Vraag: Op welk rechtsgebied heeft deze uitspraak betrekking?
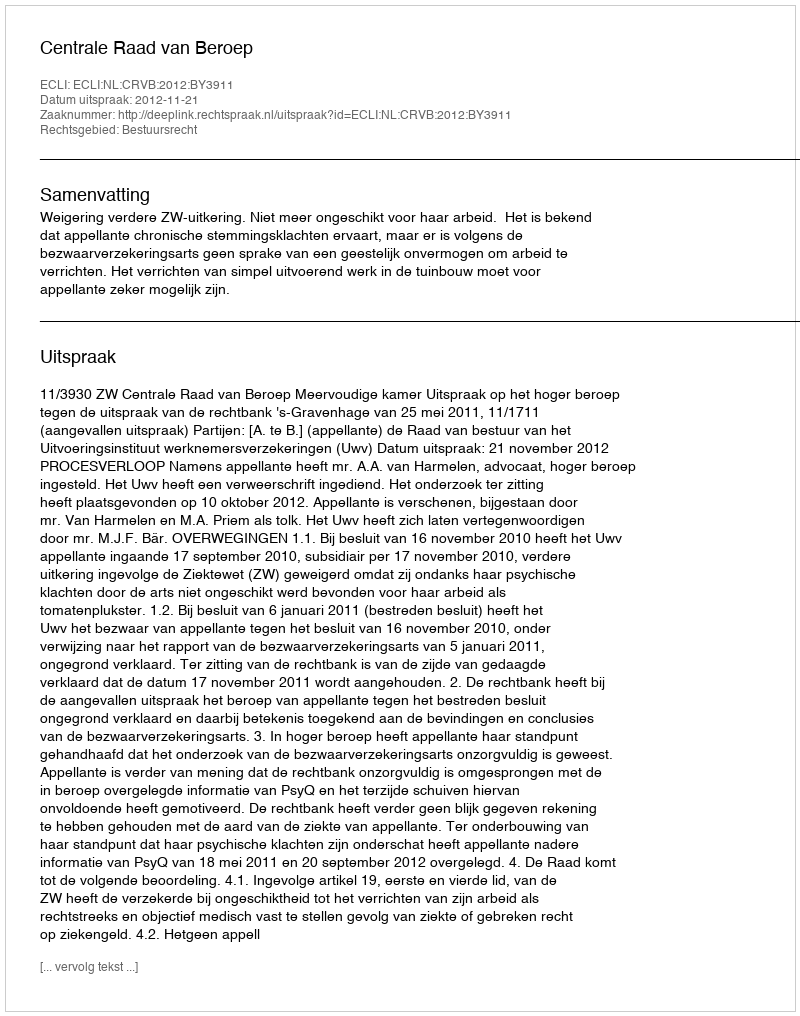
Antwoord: Bestuursrecht